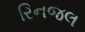
રિનજલ